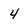
Character: 4